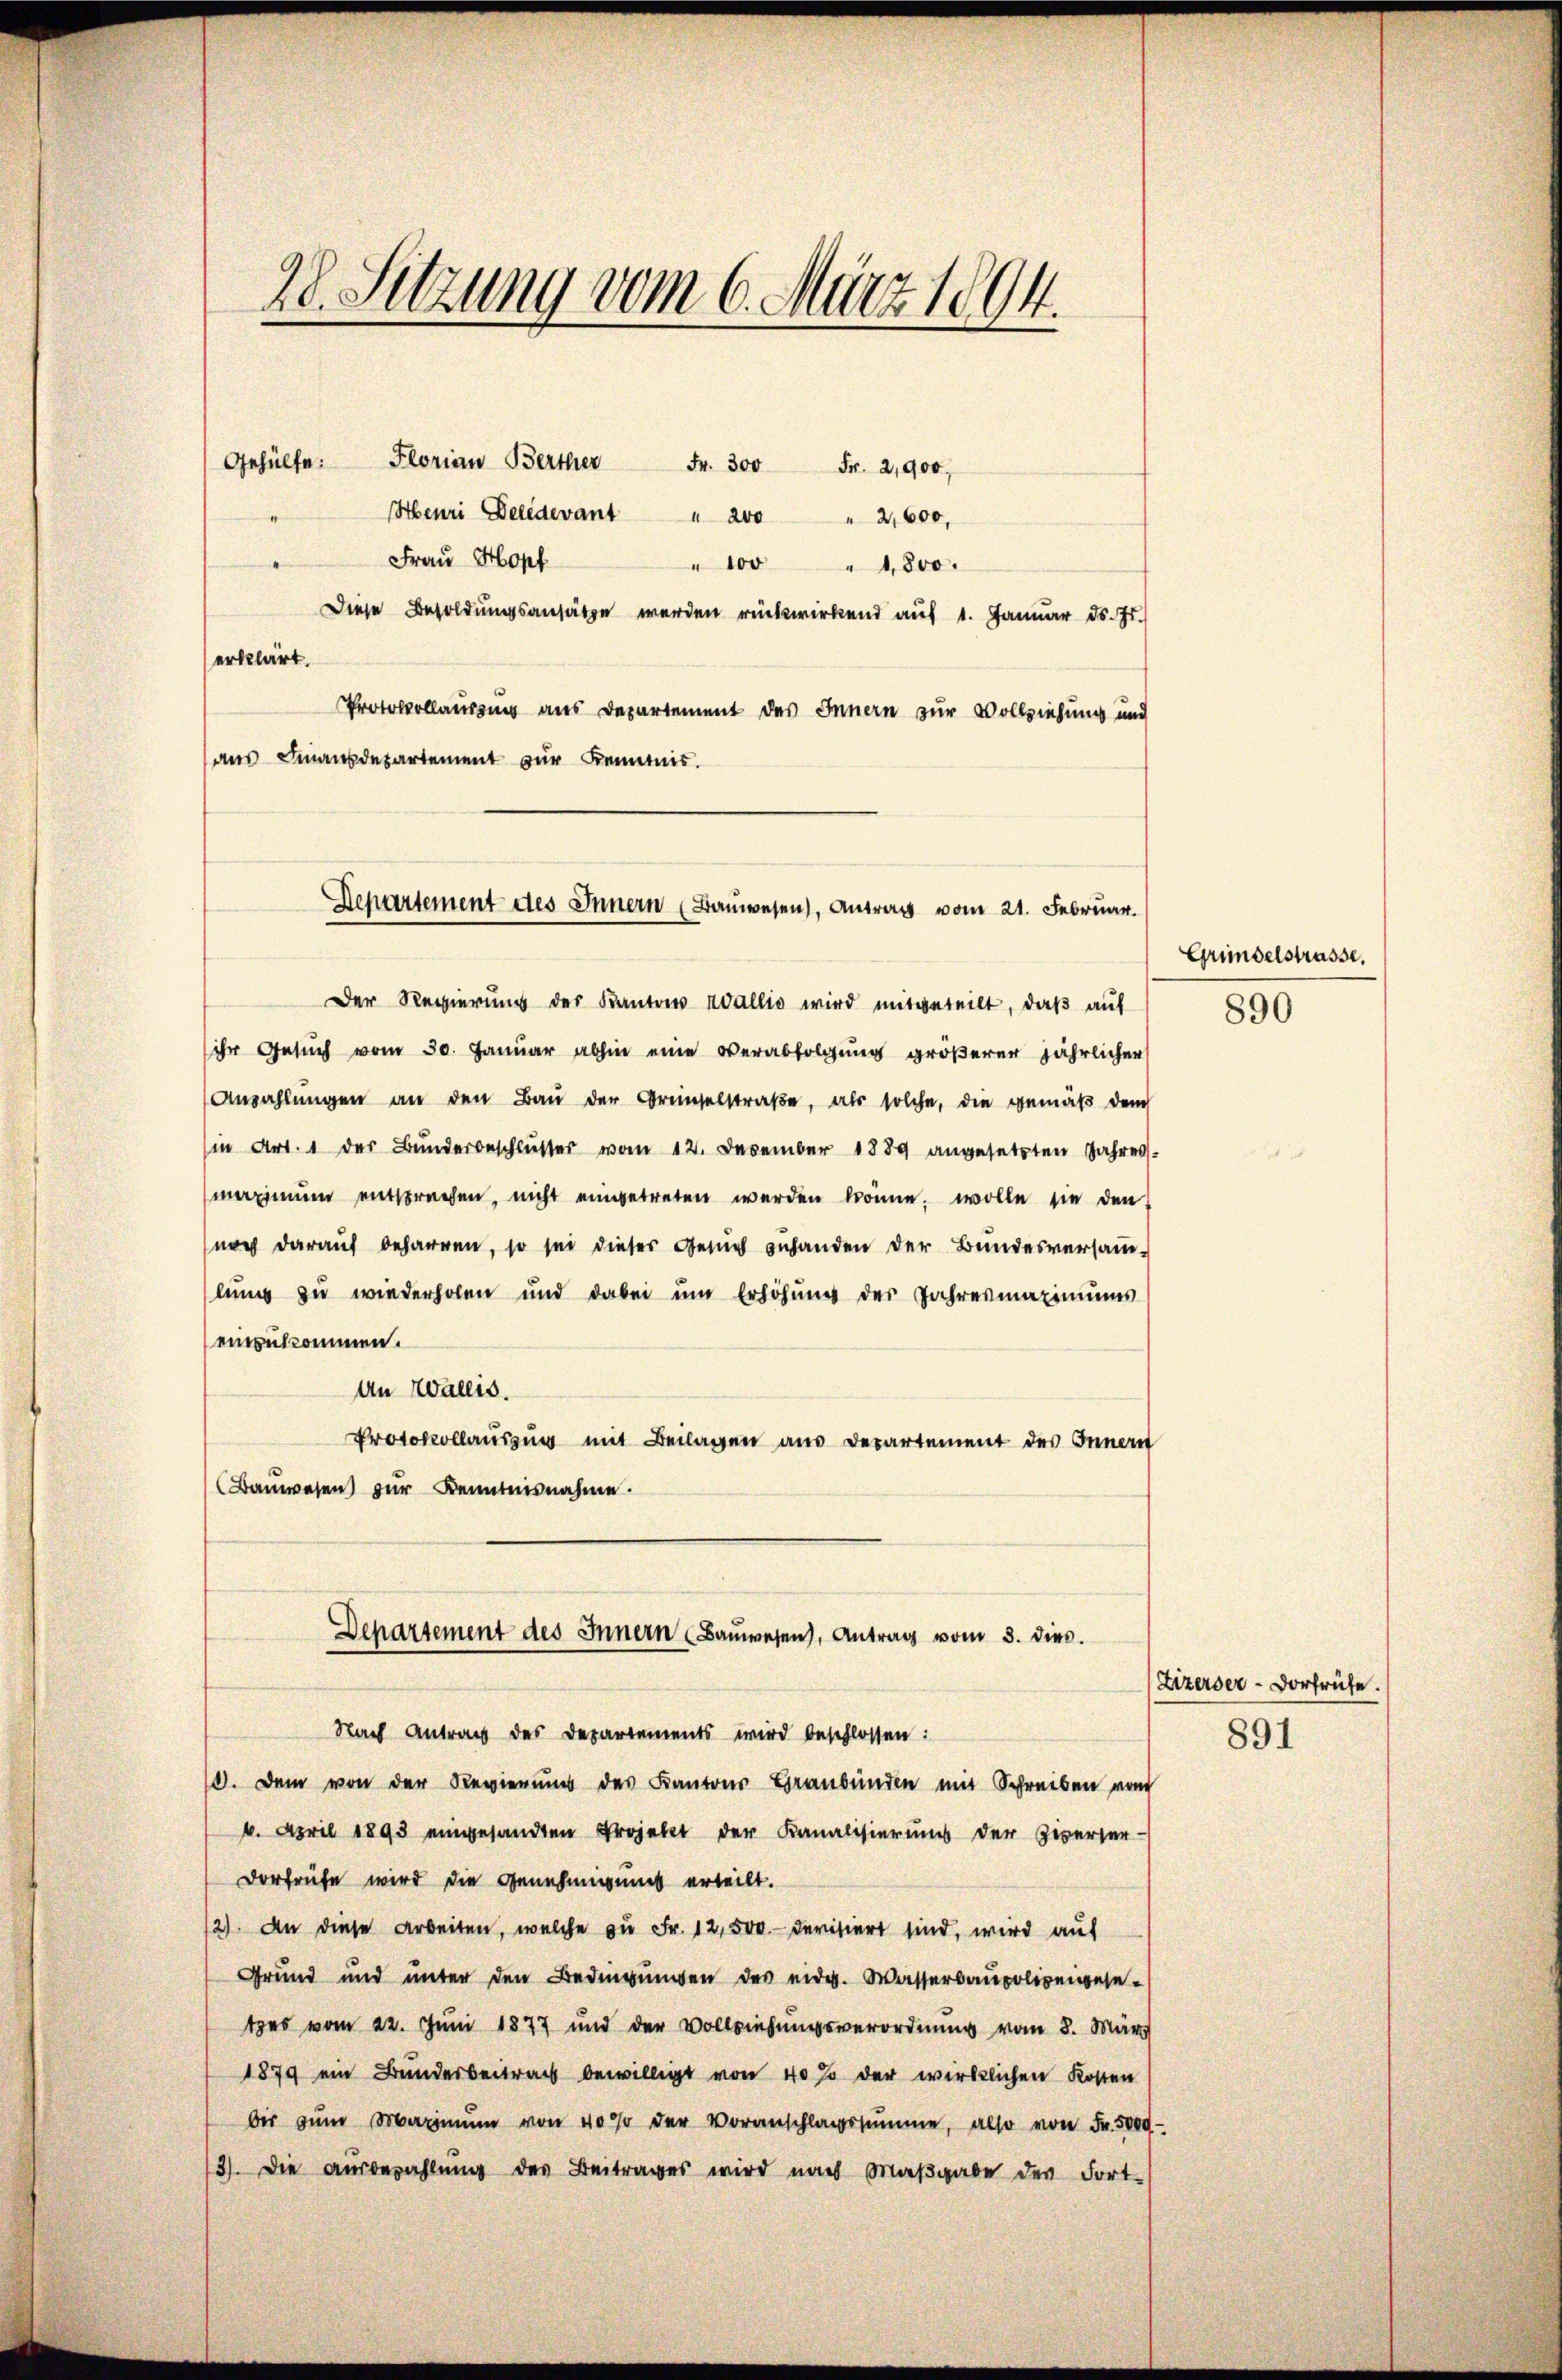
28. Setzung vom 6. März 1804.
Gehülfe. Florian Berther Fr. 300 Fr. 2,900,
Henri Beredevant " 200 " 2,600,
Frau Hopf
" 100 " 1,800.
Diese Besoldungsansätze werden rückwirkend auf 1. Januar d. Js.)

erklärt.
Protokollausung aus Departement des Innern zur Vollziehung und
aus Finanzdepartement zur Kenntnis.

Departement des Innern (Bauwesen), Antrag vom 21. Februar.

Der Regierung des Kantons Wallis wird mitgeteilt, daß auf
ihr Gesuch vom 30. Januar abhin eine Verabfolgung größerer jährlicher
Anzahlŭngen an den Baŭ der Greinselstraβe, als solche, die gemäβ dem
(in Art. 1 der Bunderbeschlusser vom 12. Dezember 1889 angesetzten Jahresmaximum entsprechen, nicht eingetreten werden könne, wolle sie den
noch darauf beharren, so sei dieser Gesich gehanden der Bundesversamm-
lung zu wiederholen und dabei um Erhöhŭng der Jahresmaximums
einzukommen.
An Wallis.
Protokollauszug mit Beilagen aus Departement des Innern
Bauwesen zur Kenntnisnahme.

Departement des Innern Baŭwesen, Antrag vom 3. dies.
Nach Antrag des Departements wird beschlossen:

0. Dem von der Regierung des Kantons Graubünden mit Schreiben vom
6. April 1893 eingesandten Projekt der Kanalisierung der Zwerter-
Dorfrühe wird die Genehmigung erteilt.
2). An diese Arbeiten, welche zu Fr. 12,500.- Devisiert sind, wird auf
Grund und unter den Bedingungen des eidg. Wasserbaupoliengesetes vom 22. Juni 1877 und der Vollziehungsverordnung vom 8. März
1879 ein Bundesbeitrag bewilligt von 40% der wirklichen Kosten
bis zŭm Maximŭm von 40% der Voranschlagssumme, also von Fr. 5000
3). Die Aŭsbezahlŭng des Beitrages wird nach Maβgabe der Fort-

Gründelstrasse.

890

Lizerser-Vorfrühe.
891